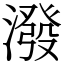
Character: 潑